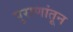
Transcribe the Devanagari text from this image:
पुराणांतून